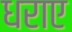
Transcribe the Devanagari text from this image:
धराए